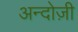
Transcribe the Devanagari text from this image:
अन्दोज़ी